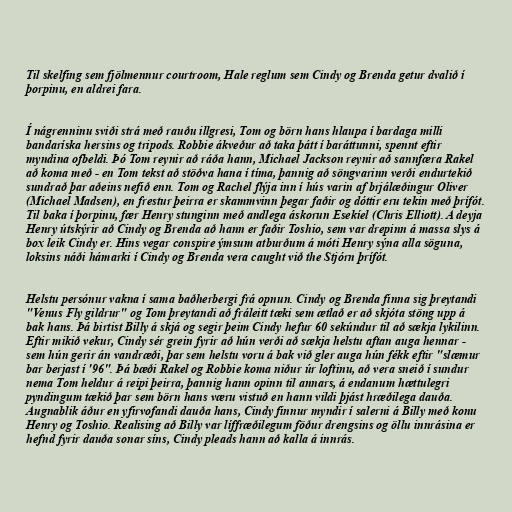
Til skelfing sem fjölmennur courtroom, Hale reglum sem Cindy og Brenda getur dvalið í
þorpinu, en aldrei fara.

Í nágrenninu sviði strá með rauðu illgresi, Tom og börn hans hlaupa í bardaga milli
bandaríska hersins og tripods. Robbie ákveður að taka þátt í baráttunni, spennt eftir
myndina ofbeldi. Þó Tom reynir að ráða hann, Michael Jackson reynir að sannfæra Rakel
að koma með - en Tom tekst að stöðva hana í tíma, þannig að söngvarinn verði endurtekið
sundrað þar aðeins nefið enn. Tom og Rachel flýja inn í hús varin af brjálæðingur Oliver
(Michael Madsen), en frestur þeirra er skammvinn þegar faðir og dóttir eru tekin með þrífót.
Til baka í þorpinu, fær Henry stunginn með andlega áskorun Esekíel (Chris Elliott). A deyja
Henry útskýrir að Cindy og Brenda að hann er faðir Toshio, sem var drepinn á massa slys á
box leik Cindy er. Hins vegar conspire ýmsum atburðum á móti Henry sýna alla söguna,
loksins náði hámarki í Cindy og Brenda vera caught við the Stjórn þrífót.

Helstu persónur vakna í sama baðherbergi frá opnun. Cindy og Brenda finna sig þreytandi
"Venus Fly gildrur" og Tom þreytandi að fráleitt tæki sem ætlað er að skjóta stöng upp á
bak hans. Þá birtist Billy á skjá og segir þeim Cindy hefur 60 sekúndur til að sækja lykilinn.
Eftir mikið vekur, Cindy sér grein fyrir að hún verði að sækja helstu aftan auga hennar -
sem hún gerir án vandræði, þar sem helstu voru á bak við gler auga hún fékk eftir "slæmur
bar berjast í '96". Þá bæði Rakel og Robbie koma niður úr loftinu, að vera sneið í sundur
nema Tom heldur á reipi þeirra, þannig hann opinn til annars, á endanum hættulegri
pyndingum tækið þar sem börn hans væru vistuð en hann vildi þjást hræðilega dauða.
Augnablik áður en yfirvofandi dauða hans, Cindy finnur myndir í salerni á Billy með konu
Henry og Toshio. Realising að Billy var líffræðilegum föður drengsins og öllu innrásina er
hefnd fyrir dauða sonar síns, Cindy pleads hann að kalla á innrás.